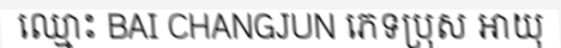
ឈ្មោះ BAI CHANGJUN ភេទប្រុស អាយុ